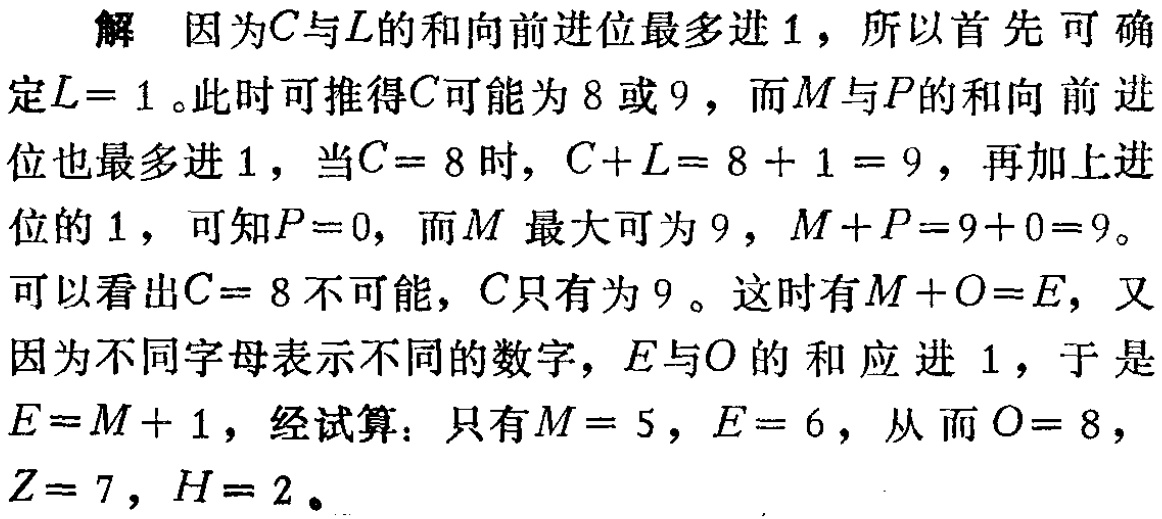
解 因为\(C\)与\(L\)的和向前进位最多进\(1\)，所以首先可确定\(L = 1\)。此时可推得\(C\)可能为\(8\)或\(9\)，而\(M\)与\(P\)的和向前进位也最多进\(1\)，当\(C = 8\)时，\(C + L = 8 + 1 = 9\)，再加上进位的\(1\)，可知\(P = 0\)，而\(M\)最大可为\(9\)，\(M + P = 9 + 0 = 9\)。可以看出\(C = 8\)不可能，\(C\)只有为\(9\)。这时有\(M + O = E\)，又因为不同字母表示不同的数字，\(E\)与\(O\)的和应进\(1\)，于是\(E = M + 1\)，经试算：只有\(M = 5\)，\(E = 6\)，从而\(O = 8\)，\(Z = 7\)，\(H = 2\)。